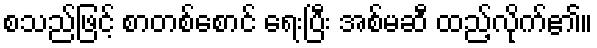
စသည်ဖြင့် စာတစ်စောင် ရေးပြီး အစ်မဆီ ထည့်လိုက်၏။